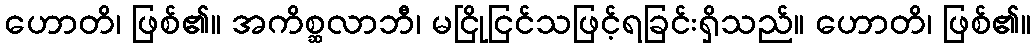
ဟောတိ၊ ဖြစ်၏။ အကိစ္ဆလာဘီ၊ မငြိုငြင်သဖြင့်ရခြင်းရှိသည်။ ဟောတိ၊ ဖြစ်၏။